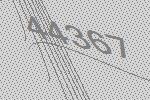
44367